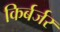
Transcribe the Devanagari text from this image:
किर्बर्जर